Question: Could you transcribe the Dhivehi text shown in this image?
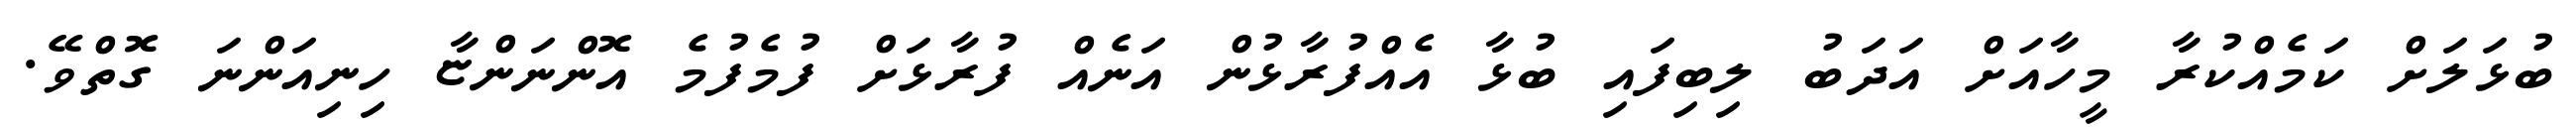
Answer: ބުޅަލަށް ކަމެއްކުރާ މީހާއަށް އަދަބު ލިބިފައި ބުޅާ އެއްފުރާޅުން އަނެއް ފުރާޅަށް ފުމެފުމެ އޮންނަންޏާ ހިނިއަންނަ ގޮތްވޭ.